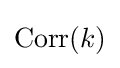
\operatorname {Corr} (k)